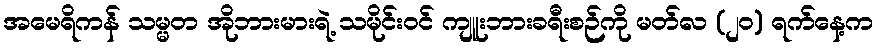
အမေရိကန် သမ္မတ အိုဘားမားရဲ့ သမိုင်းဝင် ကျူးဘားခရီးစဉ်ကို မတ်လ (၂၀) ရက်နေ့က